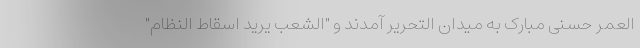
العمر حسنی مبارک به میدان التحریر آمدند و "الشعب یرید اسقاط النظام"